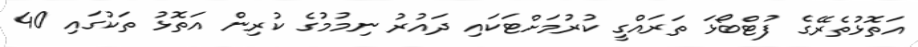
އަތޮޅުތެރޭގެ ފުޓްބޯޅަ ތަރައްގީ ކުރުމަށްޓަކައި ދައުރު ނިމުމުގެ ކުރިން އަތޮޅު ތަކުގައި 40